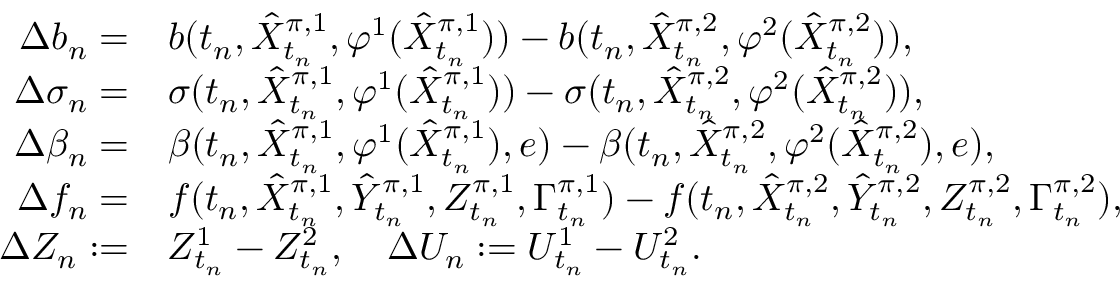
\begin{array} { r } { \begin{array} { r l } { \Delta b _ { n } = } & { b ( t _ { n } , \hat { X } _ { t _ { n } } ^ { \pi , 1 } , \varphi ^ { 1 } ( \hat { X } _ { t _ { n } } ^ { \pi , 1 } ) ) - b ( t _ { n } , \hat { X } _ { t _ { n } } ^ { \pi , 2 } , \varphi ^ { 2 } ( \hat { X } _ { t _ { n } } ^ { \pi , 2 } ) ) , } \\ { \Delta \sigma _ { n } = } & { \sigma ( t _ { n } , \hat { X } _ { t _ { n } } ^ { \pi , 1 } , \varphi ^ { 1 } ( \hat { X } _ { t _ { n } } ^ { \pi , 1 } ) ) - \sigma ( t _ { n } , \hat { X } _ { t _ { n } } ^ { \pi , 2 } , \varphi ^ { 2 } ( \hat { X } _ { t _ { n } } ^ { \pi , 2 } ) ) , } \\ { \Delta \beta _ { n } = } & { \beta ( t _ { n } , \hat { X } _ { t _ { n } } ^ { \pi , 1 } , \varphi ^ { 1 } ( \hat { X } _ { t _ { n } } ^ { \pi , 1 } ) , e ) - \beta ( t _ { n } , \hat { X } _ { t _ { n } } ^ { \pi , 2 } , \varphi ^ { 2 } ( \hat { X } _ { t _ { n } } ^ { \pi , 2 } ) , e ) , } \\ { \Delta f _ { n } = } & { f ( t _ { n } , \hat { X } _ { t _ { n } } ^ { \pi , 1 } , \hat { Y } _ { t _ { n } } ^ { \pi , 1 } , Z _ { t _ { n } } ^ { \pi , 1 } , \Gamma _ { t _ { n } } ^ { \pi , 1 } ) - f ( t _ { n } , \hat { X } _ { t _ { n } } ^ { \pi , 2 } , \hat { Y } _ { t _ { n } } ^ { \pi , 2 } , Z _ { t _ { n } } ^ { \pi , 2 } , \Gamma _ { t _ { n } } ^ { \pi , 2 } ) , } \\ { \Delta Z _ { n } : = } & { Z _ { t _ { n } } ^ { 1 } - Z _ { t _ { n } } ^ { 2 } , \quad \Delta U _ { n } : = U _ { t _ { n } } ^ { 1 } - U _ { t _ { n } } ^ { 2 } . } \end{array} } \end{array}